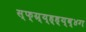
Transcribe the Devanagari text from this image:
स्फ्ग्र्य्ह्ह्य्व्४ग